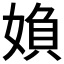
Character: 媍